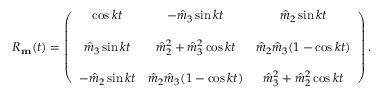
\begin{array} { r } { R _ { \bf m } ( t ) = \left( \begin{array} { c c c } { \cos k t } & { - \hat { m } _ { 3 } \sin k t } & { \hat { m } _ { 2 } \sin k t } \\ { } & { } & { } \\ { \hat { m } _ { 3 } \sin k t } & { \hat { m } _ { 2 } ^ { 2 } + \hat { m } _ { 3 } ^ { 2 } \cos k t } & { \hat { m } _ { 2 } \hat { m } _ { 3 } ( 1 - \cos k t ) } \\ { } & { } & { } \\ { - \hat { m } _ { 2 } \sin k t } & { \hat { m } _ { 2 } \hat { m } _ { 3 } ( 1 - \cos k t ) } & { \hat { m } _ { 3 } ^ { 2 } + \hat { m } _ { 2 } ^ { 2 } \cos k t } \end{array} \right) . } \end{array}